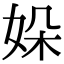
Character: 㛊